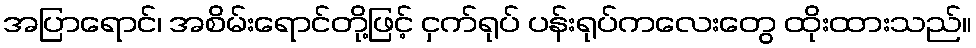
အပြာရောင်၊ အစိမ်းရောင်တို့ဖြင့် ငှက်ရုပ် ပန်းရုပ်ကလေးတွေ ထိုးထားသည်။